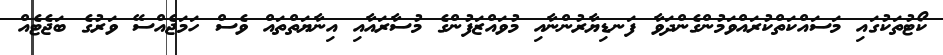
ކޯޓުތަކުގައި މަސައްކަތްކުރައްވަމުންގެންދަވާ ފަނޑިޔާރުންނާއި މުވައްޒަފުންގެ މުސާރައާއި އިނާޔަތްތައް ވެސް ހަމަޖެއްސޭ ވަރުގެ ބަޖެޓެއް